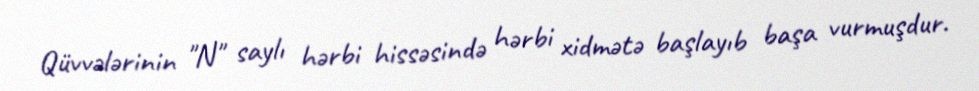
Qüvvələrinin "N" saylı hərbi hissəsində hərbi xidmətə başlayıb başa vurmuşdur.